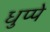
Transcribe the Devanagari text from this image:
धुप्पे